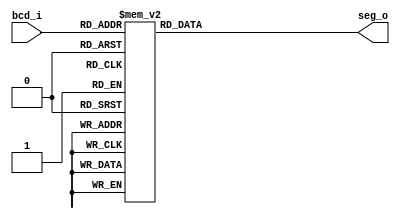
module dec7seg
(
    bcd_i,
    seg_o
);
     
   localparam BCD_SIZE = 4;
	localparam SEG_SIZE = 7;
	 
    input  wire [BCD_SIZE - 1:0] bcd_i;
    output reg  [SEG_SIZE - 1:0] seg_o;
 
    always @(bcd_i) begin
        case (bcd_i)
            4'h0 : seg_o = ~7'b011_1111;   
				4'h1 : seg_o = ~7'b000_0110;   
				4'h2 : seg_o = ~7'b101_1011;
				4'h3 : seg_o = ~7'b100_1111;
				4'h4 : seg_o = ~7'b110_0110;
				4'h5 : seg_o = ~7'b110_1101;
				4'h6 : seg_o = ~7'b111_1101;
				4'h7 : seg_o = ~7'b000_0111;
				4'h8 : seg_o = ~7'b111_1111;
				4'h9 : seg_o = ~7'b110_1111;
				4'hA : seg_o = ~7'b111_0111;
				4'hB : seg_o = ~7'b111_1100;
				4'hC : seg_o = ~7'b011_1001;
				4'hD : seg_o = ~7'b101_1110;
				4'hE : seg_o = ~7'b111_1001;
				4'hF : seg_o = ~7'b111_0001;
         default: seg_o = ~7'b100_0000;
        endcase
    end
    
endmodule